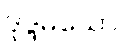
ဒုဒ္ဒမိယော